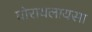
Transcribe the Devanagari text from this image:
घोरायलायसा